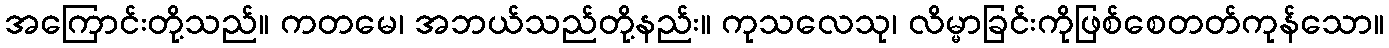
အကြောင်းတို့သည်။ ကတမေ၊ အဘယ်သည်တို့နည်း။ ကုသလေသု၊ လိမ္မာခြင်းကိုဖြစ်စေတတ်ကုန်သော။